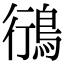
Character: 鴴